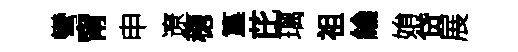
彎甯申遼穂簋芘璃祖綸姢贷展